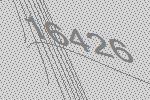
16426